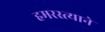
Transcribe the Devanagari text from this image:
हमरस्त्याने